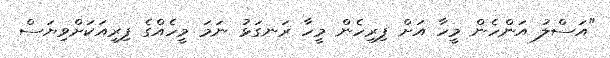
"އަސްލު އަންހެން މީހާ އަށް ފިރިހެން މީހާ ރަނގަޅު ނަމަ މީހެއްގެ ފިރިއަކަށްވިޔަސް